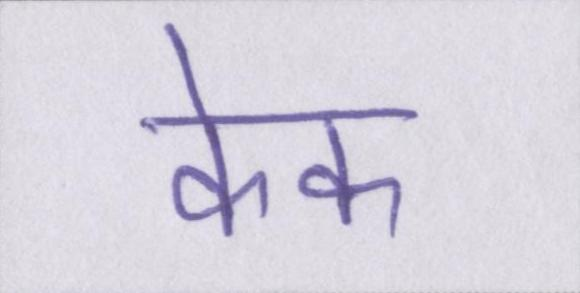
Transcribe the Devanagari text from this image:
केक